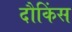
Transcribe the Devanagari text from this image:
दौकिंस